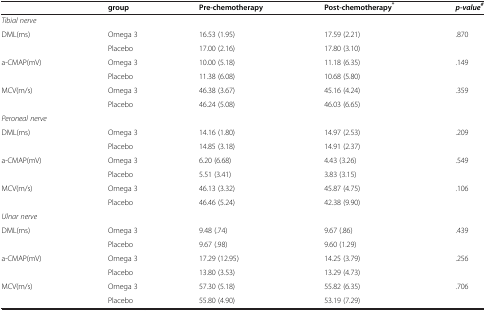
|  | group | Pre-chemotherapy | Post-chemotherapy* | p-value# |
 | --- | --- | --- | --- | --- |
 | Tibial nerve |  |  |  |  |
 | DML(ms) | Omega 3 | 16.53 (1.95) | 17.59 (2.21) | .870 |
 |  | Placebo | 17.00 (2.16) | 17.80 (3.10) |  |
 | a-CMAP(mV) | Omega 3 | 10.00 (5.18) | 11.18 (6.35) | .149 |
 |  | Placebo | 11.38 (6.08) | 10.68 (5.80) |  |
 | MCV(m/s) | Omega 3 | 46.38 (3.67) | 45.16 (4.24) | .359 |
 |  | Placebo | 46.24 (5.08) | 46.03 (6.65) |  |
 | Peroneal nerve |  |  |  |  |
 | DML(ms) | Omega 3 | 14.16 (1.80) | 14.97 (2.53) | .209 |
 |  | Placebo | 14.85 (3.18) | 14.91 (2.37) |  |
 | a-CMAP(mV) | Omega 3 | 6.20 (6.68) | 4.43 (3.26) | .549 |
 |  | Placebo | 5.51 (3.41) | 3.83 (3.15) |  |
 | MCV(m/s) | Omega 3 | 46.13 (3.32) | 45.87 (4.75) | .106 |
 |  | Placebo | 46.46 (5.24) | 42.38 (9.90) |  |
 | Ulnar nerve |  |  |  |  |
 | DML(ms) | Omega 3 | 9.48 (.74) | 9.67 (.86) | .439 |
 |  | Placebo | 9.67 (.98) | 9.60 (1.29) |  |
 | a-CMAP(mV) | Omega 3 | 17.29 (12.95) | 14.25 (3.79) | .256 |
 |  | Placebo | 13.80 (3.53) | 13.29 (4.73) |  |
 | MCV(m/s) | Omega 3 | 57.30 (5.18) | 55.82 (6.35) | .706 |
 |  | Placebo | 55.80 (4.90) | 53.19 (7.29) |  |